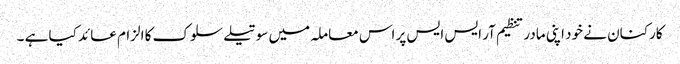
کارکنان نے خود اپنی مادر تنظیم آر ایس ایس پر اس معاملہ میں سوتیلے سلوک کا الزام عائد کیا ہے ۔